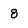
Character: 8